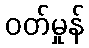
ဝတ်မှုန်